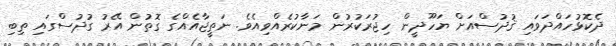
ދެކޮޅުހައްދަވައި ޤުދުސްއަށް ޔަހޫދީން ހިޖުރަކުރުން މަނާކުރެއްވިއެވެ. ނަތީޖާއެއްގެ ގޮތުން އޭރު ގުދުސްގައި ތިބި